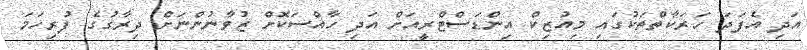
އަދި އެފަދަ ހަރަކާތްތަކުގައި މިއުޒިކް އިންޑަސްޓްރީއަށް އަދި ހާއްސަކޮށް ޒުވާނުންނަށް ދިރާގުގެ ފުރިހަމަ